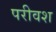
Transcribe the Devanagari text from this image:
परीवश